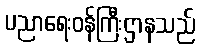
ပညာရေးဝန်ကြီးဌာနသည်